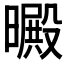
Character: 𣋙